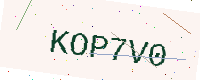
Text: KOP7V0